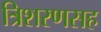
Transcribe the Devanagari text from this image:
त्रिशरणसह